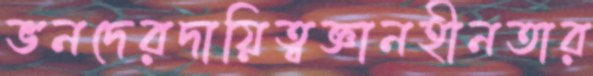
ভনদেরদায়িত্বজ্ঞানহীনতার